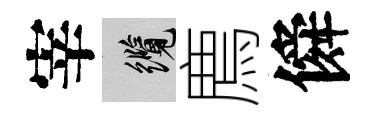
宰纜廌僢